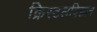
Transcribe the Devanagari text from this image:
क्रिस्टलविज्ञान